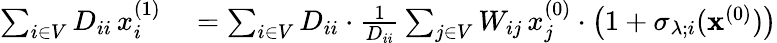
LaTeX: \begin{array}{rl}{\sum_{i\in V}D_{ii}\, x_{i}^{(1)}}&{{}=\sum_{i\in V}D_{ii}\cdot\frac{1}{D_{ii}}\sum_{j\in V}W_{ij}\, x_{j}^{(0)}\cdot\left(1+\sigma_{\lambda;i}(\mathbf{x}^{(0)})\right)}\end{array}